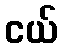
ငယ်